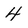
Character: 4